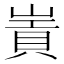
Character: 𡻃